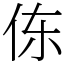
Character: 㑈